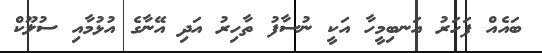
ބައެއް ފަހަރު އަނބިމީހާ އަކީ ނުސާފު ތާހިރު އަދި އޭނާގެ އުޅުމާއި ސުލޫކް